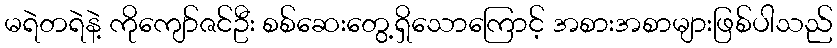
မရဲတရဲနဲ့ ကိုကျော်ဇင်ဦး စစ်ဆေးတွေ့ရှိသောကြောင့် အစားအစာများဖြစ်ပါသည်